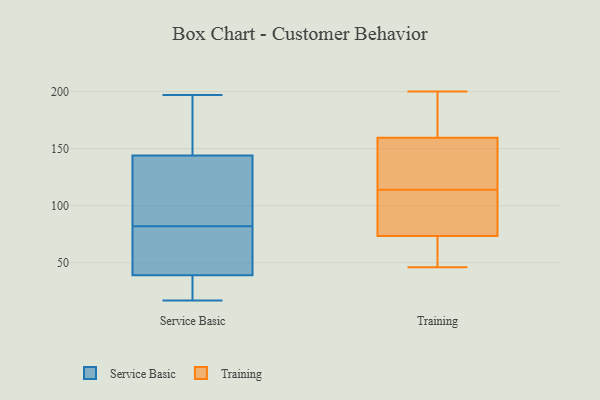
{"axis": {"x": "Satisfaction Score", "y": "Value"}, "legend": ["Service Basic", "Training"], "data": [{"x": "", "y": 25, "type": "Service Basic"}, {"x": "", "y": 48, "type": "Service Basic"}, {"x": "", "y": 98, "type": "Service Basic"}, {"x": "", "y": 136, "type": "Service Basic"}, {"x": "", "y": 39, "type": "Service Basic"}, {"x": "", "y": 19, "type": "Service Basic"}, {"x": "", "y": 17, "type": "Service Basic"}, {"x": "", "y": 107, "type": "Service Basic"}, {"x": "", "y": 93, "type": "Service Basic"}, {"x": "", "y": 197, "type": "Service Basic"}, {"x": "", "y": 42, "type": "Service Basic"}, {"x": "", "y": 61, "type": "Service Basic"}, {"x": "", "y": 186, "type": "Service Basic"}, {"x": "", "y": 163, "type": "Service Basic"}, {"x": "", "y": 153, "type": "Service Basic"}, {"x": "", "y": 71, "type": "Service Basic"}, {"x": "", "y": 30, "type": "Service Basic"}, {"x": "", "y": 144, "type": "Service Basic"}, {"x": "", "y": 200, "type": "Training"}, {"x": "", "y": 114, "type": "Training"}, {"x": "", "y": 158, "type": "Training"}, {"x": "", "y": 53, "type": "Training"}, {"x": "", "y": 52, "type": "Training"}, {"x": "", "y": 173, "type": "Training"}, {"x": "", "y": 114, "type": "Training"}, {"x": "", "y": 97, "type": "Training"}, {"x": "", "y": 167, "type": "Training"}, {"x": "", "y": 89, "type": "Training"}, {"x": "", "y": 145, "type": "Training"}, {"x": "", "y": 73, "type": "Training"}, {"x": "", "y": 74, "type": "Training"}, {"x": "", "y": 46, "type": "Training"}, {"x": "", "y": 161, "type": "Training"}, {"x": "", "y": 170, "type": "Training"}, {"x": "", "y": 143, "type": "Training"}, {"x": "", "y": 147, "type": "Training"}, {"x": "", "y": 67, "type": "Training"}, {"x": "", "y": 104, "type": "Training"}]}